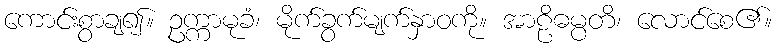
ကောင်းစွာချ၍။ ဥက္ကာမုခံ၊ မိုက်ခွက်မျက်နှာဝကို။ အာဠိဓမ္ပတိ၊ လောင်စေ၏။